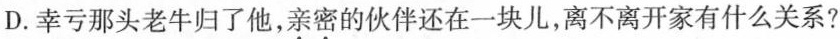
D.幸亏那头老牛归了他，亲密的伙伴还在一块儿，离不离开家有什么关系?